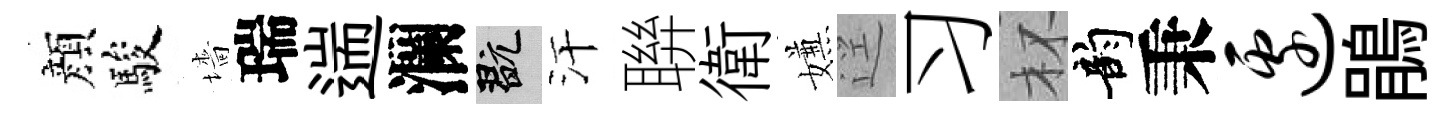
顔駿墻瑞遄瀾玩汗聨衛嫌逕习杯韵秉边鵑